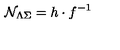
{ \cal N } _ { \Lambda \Sigma } = h \cdot f ^ { - 1 }